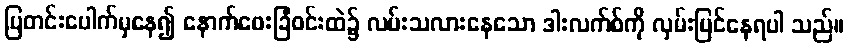
ပြတင်းပေါက်မှနေ၍ နောက်ဖေးခြံဝင်းထဲ၌ လမ်းသလားနေသော ဒါးလက်စ်ကို လှမ်းမြင်နေရပါ သည်။